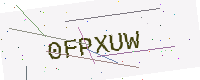
Text: 0FPXUW